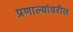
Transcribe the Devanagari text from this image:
प्रणाल्यांवरील